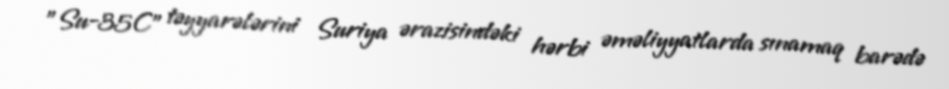
"Su-35C" təyyarələrini Suriya ərazisindəki hərbi əməliyyatlarda sınamaq barədə